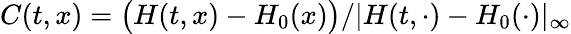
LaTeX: C(t,x)=\bigl(H(t,x)-H_{0}(x)\bigr)/|H(t,\cdot)-H_{0}(\cdot)|_{\infty}